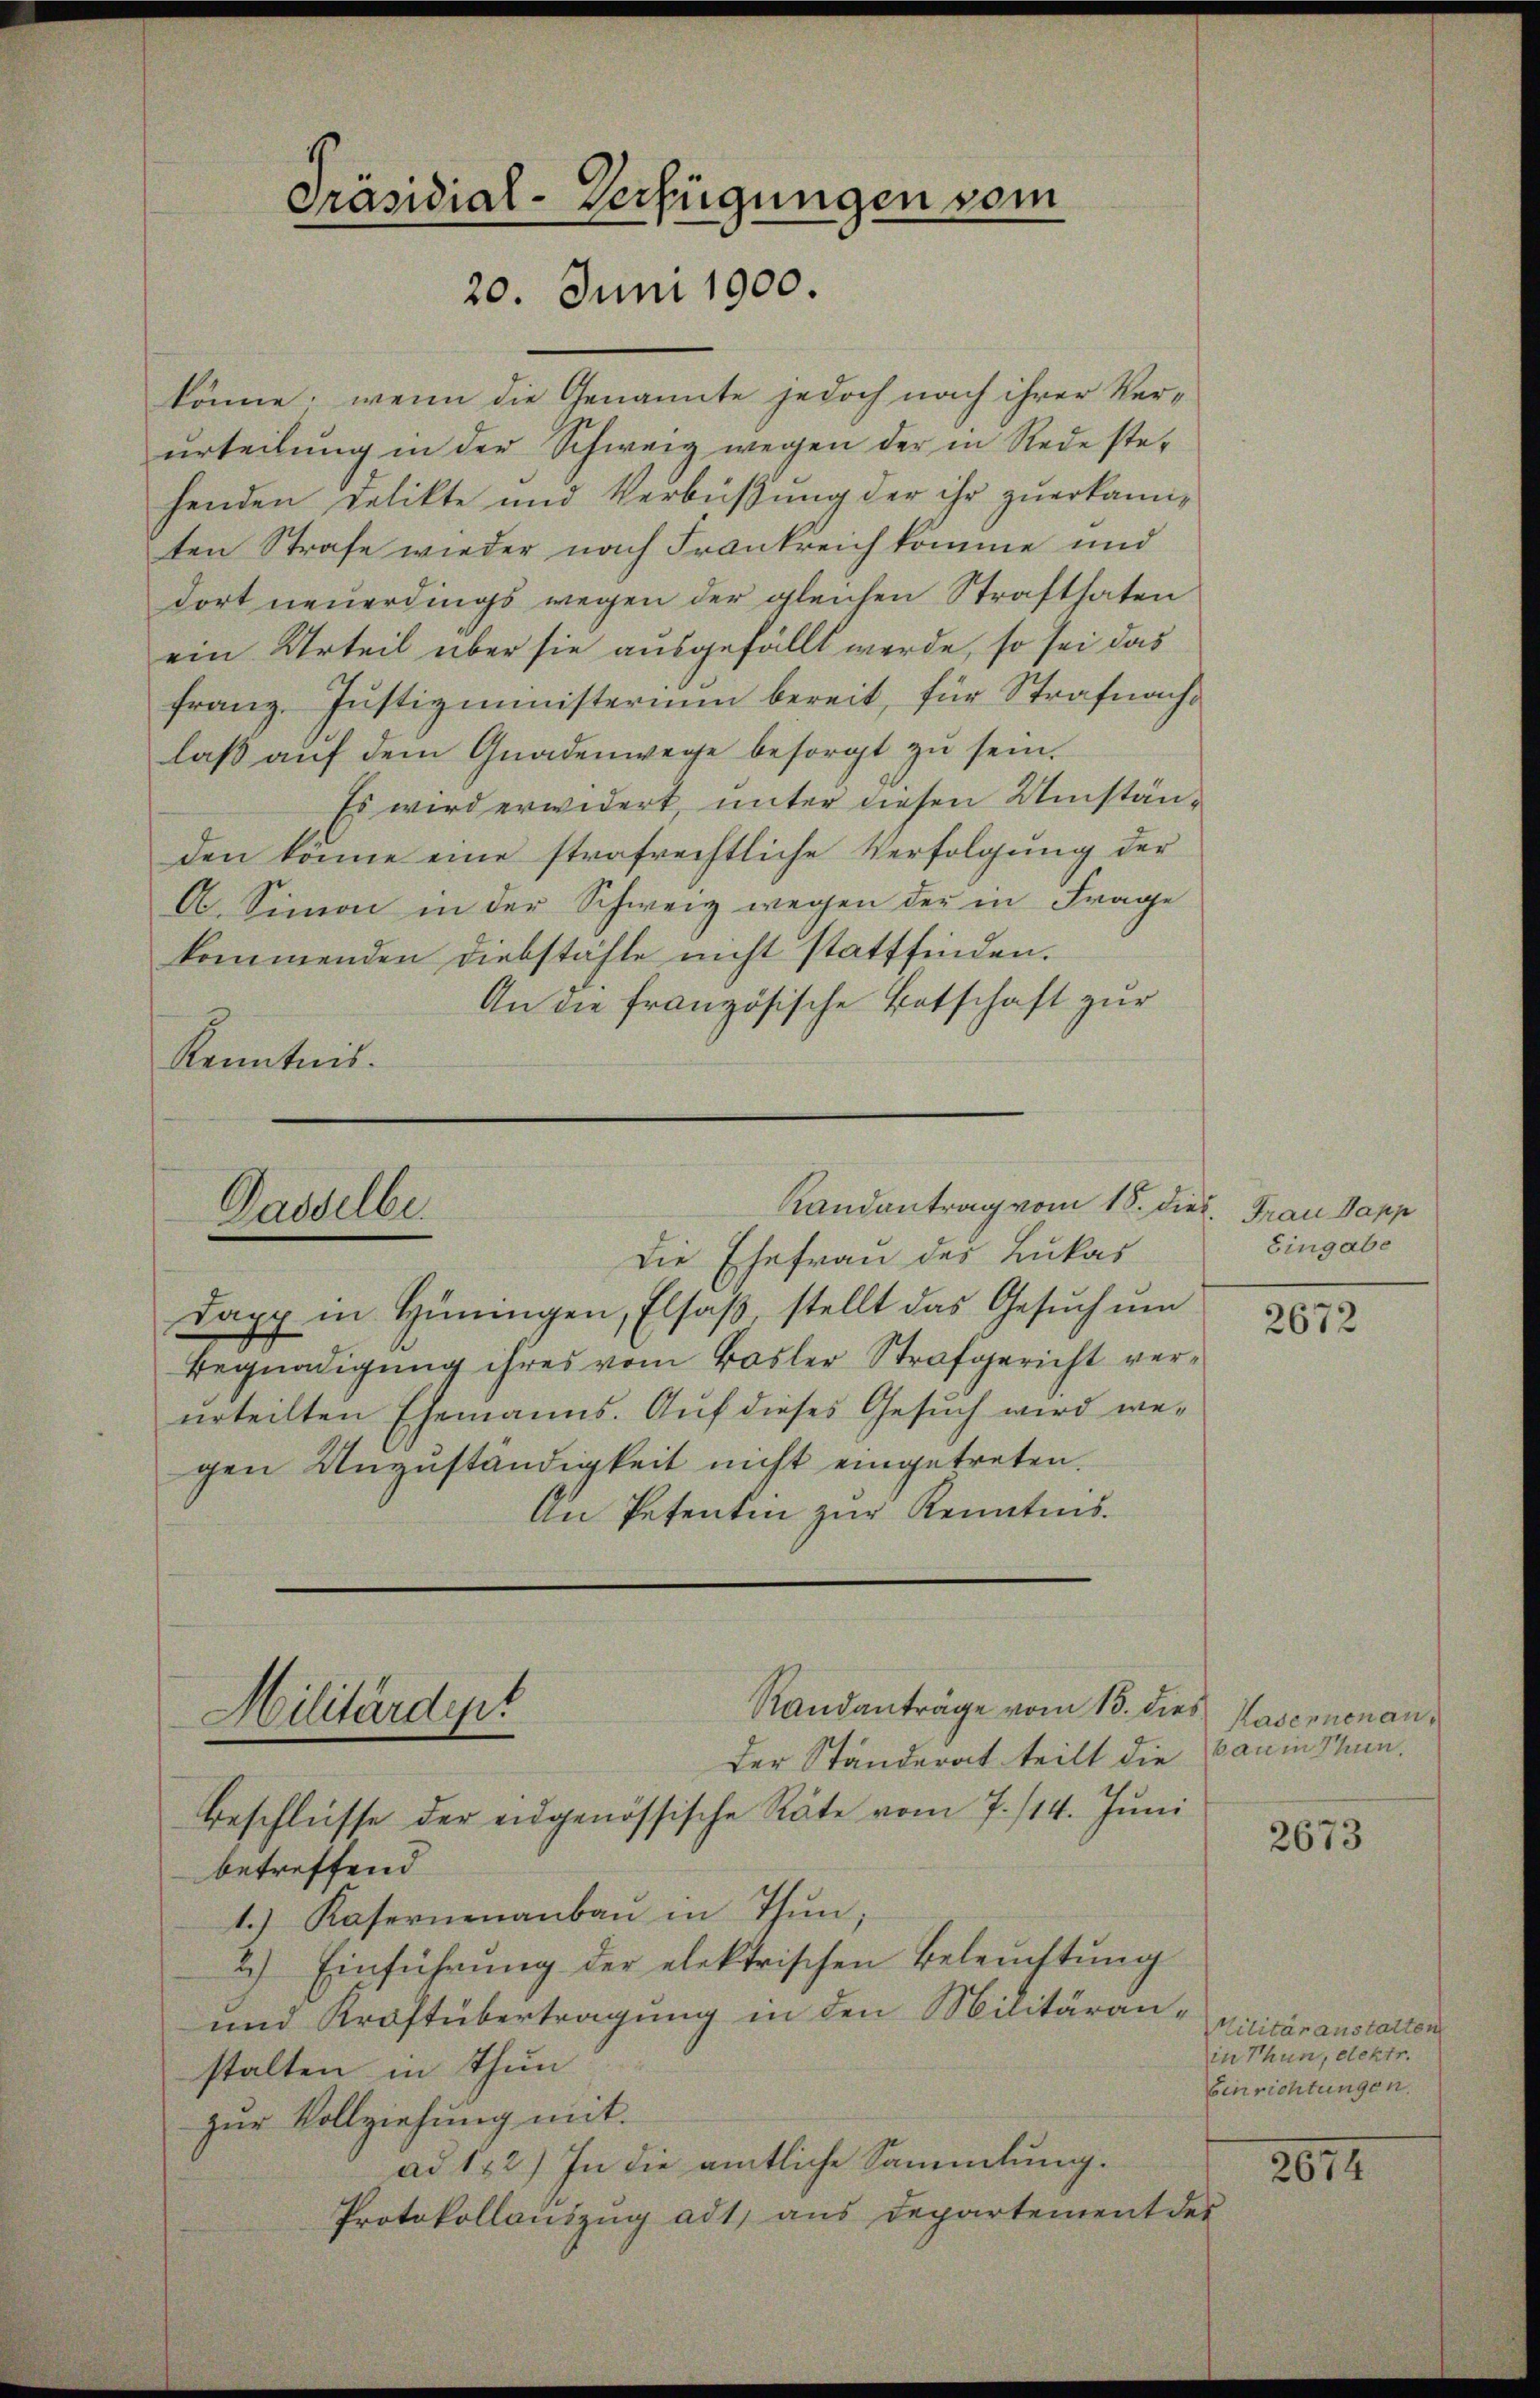
könne, wenn die Genannte jedoch nach ihrer Ver-
urteilung in der Schweig wegen der in Rede stehenden Delikte und Verbüßung der ihr zuerkannten Strafe wieder nach Frankreich komme und
dort neuerdings wegen der gleichen Strafthaten
ein Urteil über sie ausgefällt werde, so sei das
Franz. Justizministerium bereit, für Strafnachlaβ aŭf dem Gnadenwege besorgt zŭ sein.
Es wird erwidert, unter diesen Umständen könne eine strafrechtliche Verfolgung der
A. Simon in der Schweiz wegen der in Frage
kommenden Diebstähle nicht stattfinden.
An die französische Botschaft zur
Kenntnis.

Präsidial-Verfügungen vom
20. Juni 1900.

Randantrag vom 18. dies. Frau Papp
Dasselbe.
Die Ehefrau des Lukas

Lapp in Hüningen, Elsaß, stellt das Gesŭch ŭm
Begnadigung ihres vom Basler Strafgericht verurteilten Ehemanns. Auf dieses Gesuch wird we-
gen Unzuständigkeit nicht eingetreten.
An Petentin zur Kenntnis.

Militärdept
Beschlüsse der eidgenössische Räte vom 7./14. Juni

Randanträge vom 13. dies Kasernen an¬
Der Ständerat teilt die Bau in Stunbetreffend
1.) Kasernenanbaŭ in Thun,
2.) Einführŭng der elektrischen Beleŭchtŭng
und Kraftübertragung in den Militäranstalten in Thun
zur Vollziehung mit.
ad 132) In die amtliche Sammlung.
Protokollauszug ad 1, aus Departement der

Eingabe

2672

2673

Militäranstalten
in Thun, elektr.
Einrichtungen.

2674